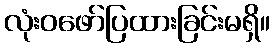
လုံးဝဖော်ပြထားခြင်းမရှိ။